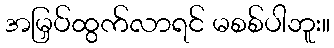
အမြှပ်ထွက်လာရင် မစစ်ပါဘူး။